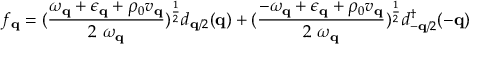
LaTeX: f _ { { \bf { q } } } = ( \frac { \omega _ { { \bf { q } } } + \epsilon _ { { \bf { q } } } + \rho _ { 0 } v _ { { \bf { q } } } } { 2 \mathrm { ~ } \omega _ { { \bf { q } } } } ) ^ { \frac { 1 } { 2 } } d _ { { \bf { q } } / 2 } ( { \bf { q } } ) + ( \frac { - \omega _ { { \bf { q } } } + \epsilon _ { { \bf { q } } } + \rho _ { 0 } v _ { { \bf { q } } } } { 2 \mathrm { ~ } \omega _ { { \bf { q } } } } ) ^ { \frac { 1 } { 2 } } d _ { - { \bf { q } } / 2 } ^ { \dagger } ( - { \bf { q } } )